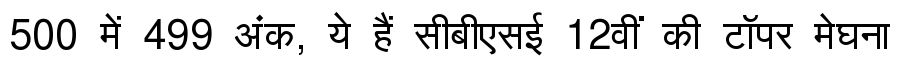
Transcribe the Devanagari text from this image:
500 में 499 अंक, ये हैं सीबीएसई 12वीं की टॉपर मेघना